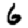
Digit: 6